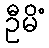
ဦမိံ